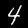
Label: 4